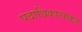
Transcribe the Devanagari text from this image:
पदाधिकार्‍यांकडे